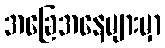
အခြေအနေများမှာ